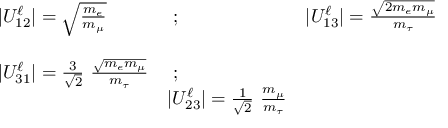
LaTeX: \begin{array} { l l l } { { | U _ { 1 2 } ^ { \ell } | = \sqrt { { \frac { m _ { e } } { m _ { \mu } } } } } } & { { \ ; \ \ \ } } & { { | U _ { 1 3 } ^ { \ell } | = { \frac { \sqrt { 2 m _ { e } m _ { \mu } } } { m _ { \tau } } } } } \\ { { } } & { { } } & { { } } \\ { { | U _ { 3 1 } ^ { \ell } | = { \frac 3 { \sqrt { 2 } } \ \frac { \sqrt { m _ { e } m _ { \mu } } } { m _ { \tau } } } } } & { { \ ; } } \\ { { \ } } & { { | U _ { 2 3 } ^ { \ell } | = { \frac 1 { \sqrt { 2 } } \ } { \frac { m _ { \mu } } { m _ { \tau } } } } } \end{array}